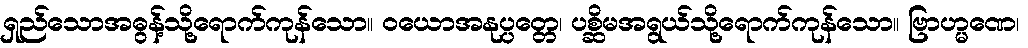
ရှည်သောအဓွန့်သို့ရောက်ကုန်သော။ ဝယောအနုပ္ပတ္တေ၊ ပစ္ဆိမအရွယ်သို့ရောက်ကုန်သော။ ဗြာဟ္မဏေ၊